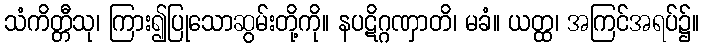
သံကိတ္တီသု၊ ကြား၍ပြုသောဆွမ်းတို့ကို။ နပဋိဂ္ဂဏှာတိ၊ မခံ။ ယတ္ထ၊ အကြင်အရပ်၌။